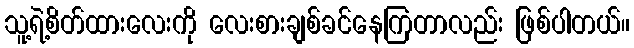
သူ့ရဲ့စိတ်ထားလေးကို လေးစားချစ်ခင်နေကြတာလည်း ဖြစ်ပါတယ်။